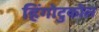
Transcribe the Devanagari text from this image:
हिंगोटुकोल